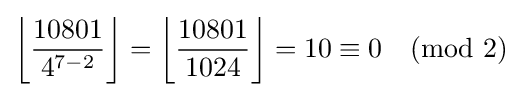
\left\lfloor {\frac {10801}{4^{7-2}}}\right\rfloor =\left\lfloor {\frac {10801}{1024}}\right\rfloor =10\equiv 0{\pmod {2}}